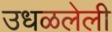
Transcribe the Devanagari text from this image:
उधळलेली